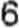
6